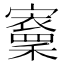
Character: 𡫵